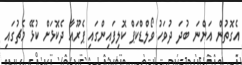
އެގޮތުން އަންނަ ބުދަ ދުވަހު ވޯލްޑްކަޕް ކޮލިފައިންގައި ޕެރޫއާ ދެކޮޅަށް ކުޅޭ މެޗުގައި